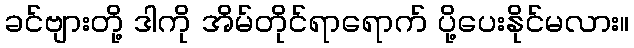
ခင်ဗျားတို့ ဒါကို အိမ်တိုင်ရာရောက် ပို့ပေးနိုင်မလား။